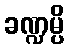
ခဏ္ဍမ္ပိ